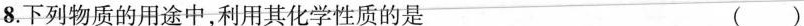
8.下列物质的用途中，利用其化学性质的是()